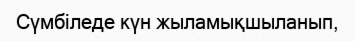
Сүмбіледе күн жыламықшыланып,